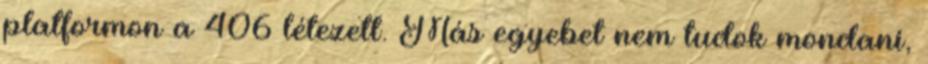
platformon a 406 létezett. Más egyebet nem tudok mondani,